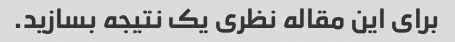
برای این مقاله نظری یک نتیجه بسازید.